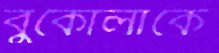
বুকোলাকে